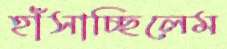
হাঁসাচ্ছিলেম